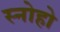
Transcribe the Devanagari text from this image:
स्नोहो